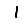
Digit: 1